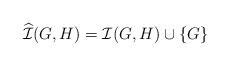
LaTeX: \begin{align*}\widehat{\mathcal{I}}(G,H)&= \mathcal{I}(G,H)\cup\{G\}\,\end{align*}